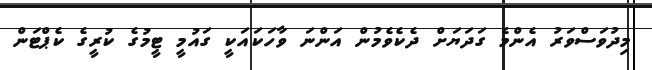
މިދުވަސްވަރު އެންމެ ގަދަޔަށް ދެކެވެމުން އަންނަ ވާހަކައަކީ ގައުމީ ޓީމުގެ ކުރީގެ ކެޕްޓަން